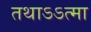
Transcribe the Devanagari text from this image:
तथाऽऽत्मा